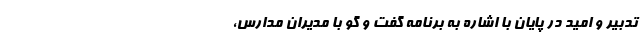
تدبیر و امید در پایان با اشاره به برنامه گفت و گو با مدیران مدارس،